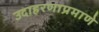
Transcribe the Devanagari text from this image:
उदाहरणाप्रमाणे